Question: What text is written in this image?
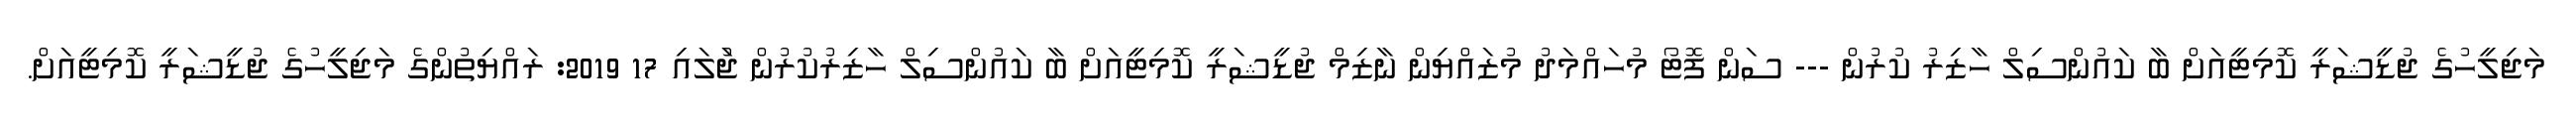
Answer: މަޖިލީހުގެ ޖުޑީޝަރީ ކޮމިޓީއަށް ބާ ކައުންސިލް ހާޒިރު ކުރުން --- ސަން ފޮޓޯ މުހައްމަދު މުޒައްޔިން ނާޒިމް ޖުޑީޝަރީ ކޮމިޓީއަށް ބާ ކައުންސިލް ހާޒިރުކުރުން ޖުަލައި 17 2019: ރައްޔިތުންގެ މަޖިލީހުގެ ޖުޑީޝަރީ ކޮމިޓީއަށް.